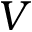
V